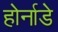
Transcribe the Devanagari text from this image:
होर्नाडे